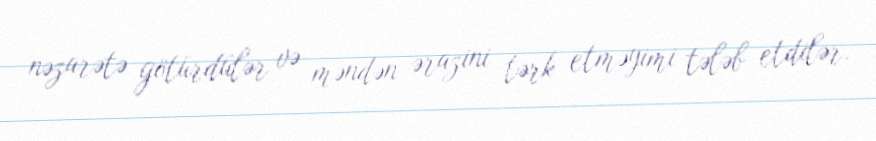
nəzarətə götürdülər və məndən ərazini tərk etməyimi tələb etdilər.